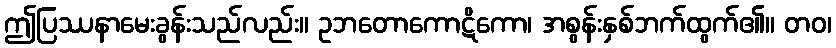
ဤပြဿနာမေးခွန်းသည်လည်း။ ဥဘတောကောဋိကော၊ အစွန်းနှစ်ဘက်ထွက်၏။ တဝ၊